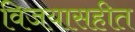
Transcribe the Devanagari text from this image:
विजयासहीत